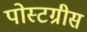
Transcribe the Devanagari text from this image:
पोस्टग्रीस